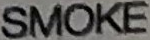
SMOKE